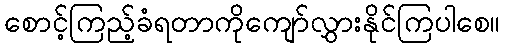
စောင့်ကြည့်ခံရတာကိုကျော်လွှားနိုင်ကြပါစေ။